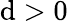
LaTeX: \mathrm{d}>0